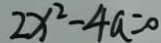
2 x ^ { 2 } - 4 a = 0